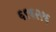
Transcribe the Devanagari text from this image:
६९६२१६